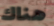
هناك